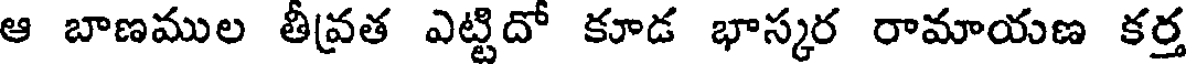
ఆ బాణముల తీవ్రత ఎట్టిదో కూడ భాస్కర రామాయణ కర్త